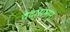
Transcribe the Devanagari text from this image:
वेदांसमान